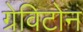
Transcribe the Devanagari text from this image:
ग्रेविटोन